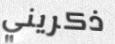
ذكريني